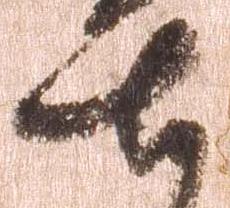
七